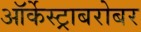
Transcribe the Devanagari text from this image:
ऑर्केस्ट्राबरोबर